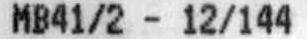
MB41/2 - 12/144